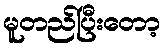
မူတည်ပြီးတော့